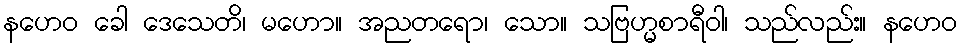
နဟေဝ ခေါ ဒေသေတိ၊ မဟော။ အညတရော၊ သော။ သဗြဟ္မစာရီဝါ၊ သည်လည်း။ နဟေဝ